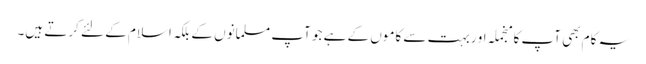
یہ کام بھی آپ کا منجملہ او ربہت سے کاموں کے ہے جو آپ مسلمانوں کے بلکہ اسلام کے لئے کرتے ہیں۔